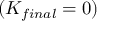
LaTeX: ( K _ { f i n a l } = 0 )